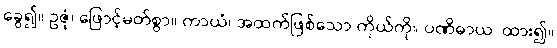
ခွေ၍။ ဥဇုံ၊ ဖြောင့်မတ်စွာ။ ကာယံ၊ အထက်ဖြစ်သော ကိုယ်ကို။ ပဏိဓာယ၊ ထား၍။